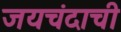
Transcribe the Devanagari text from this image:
जयचंदाची